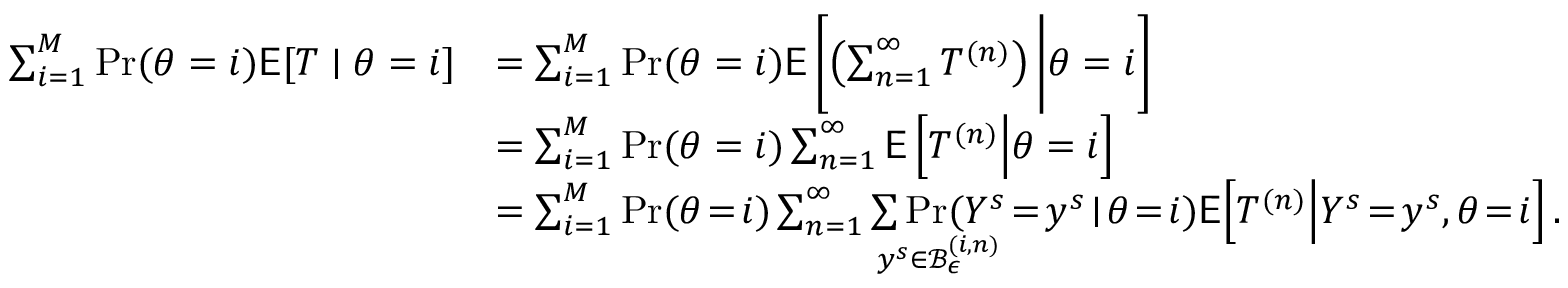
\begin{array} { r l r } { \sum _ { i = 1 } ^ { M } \operatorname* { P r } ( \theta = i ) \mathsf { E } [ T \mid \theta = i ] } & { = \sum _ { i = 1 } ^ { M } \operatorname* { P r } ( \theta = i ) \mathsf { E } \left[ \left( \sum _ { n = 1 } ^ { \infty } T ^ { ( n ) } \right) \bigg | \theta = i \right] } \\ & { = \sum _ { i = 1 } ^ { M } \operatorname* { P r } ( \theta = i ) \sum _ { n = 1 } ^ { \infty } \mathsf { E } \left[ T ^ { ( n ) } \Big | \theta = i \right] } \\ & { = \sum _ { i = 1 } ^ { M } \operatorname* { P r } ( \theta \! = \! i ) \sum _ { n = 1 } ^ { \infty } \underset { y ^ { s } \in \mathcal { B } _ { \epsilon } ^ { ( i , n ) } } { \sum \operatorname* { P r } ( Y ^ { s } } \! = \! y ^ { s } \! \mid \! \theta \! = \! i ) \mathsf { E } \Big [ T ^ { ( n ) } \Big | Y ^ { s } \! = \! y ^ { s } , \theta \! = \! i \Big ] \, . } & \end{array}